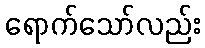
ရောက်သော်လည်း